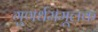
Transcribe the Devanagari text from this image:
गुणर्धममूलक